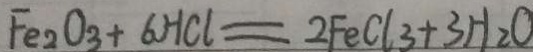
F e _ { 2 } O _ { 3 } + 6 H C l = 2 F e C l _ { 3 } + 3 H _ { 2 } O